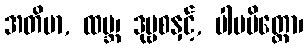
အတိမာ, ထမ္ဘ၊ ဒုဗ္ဗစနှင့်, ပါပမိတ္တော၊